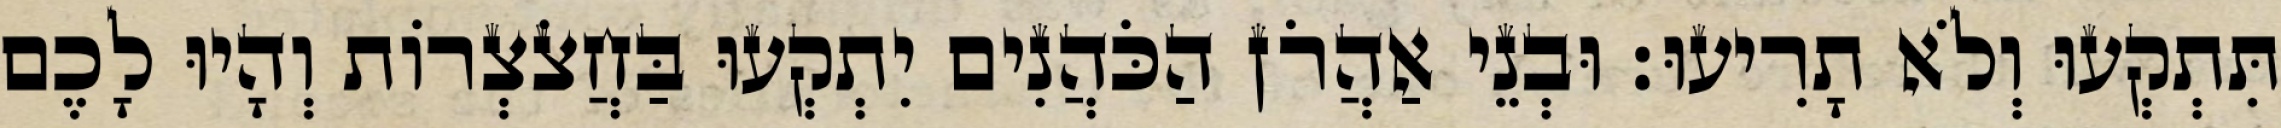
תִּתְקְעוּ וְלֹא תָרִיעוּ׃ וּבְנֵי אַהֲרֹן הַכֹּהֲנִים יִתְקְעוּ בַּחֲצֹצְרוֹת וְהָיוּ לָכֶם